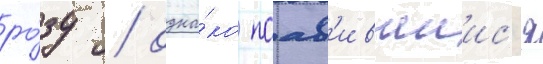
ро́зу / одна́ко поав'ившиис'я